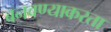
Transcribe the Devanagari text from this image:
बनवण्याकरता